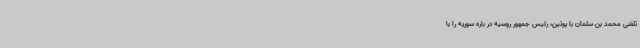
تلفنی محمد بن سلمان با پوتین، رئیس جمهور روسیه در باره سوریه را با